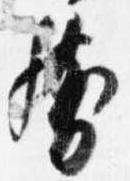
然